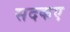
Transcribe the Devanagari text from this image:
सदकए